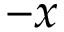
- x